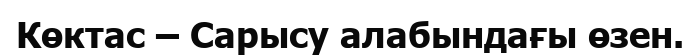
Көктас – Сарысу алабындағы өзен.